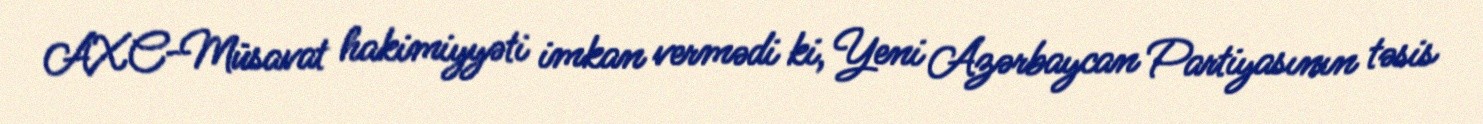
AXC-Müsavat hakimiyyəti imkan vermədi ki, Yeni Azərbaycan Partiyasının təsis